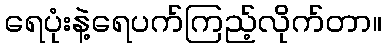
ရေပုံးနဲ့ရေပက်ကြည့်လိုက်တာ။